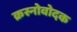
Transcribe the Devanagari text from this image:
क्रस्नोवोदक